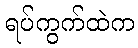
ရပ်ကွက်ထဲက